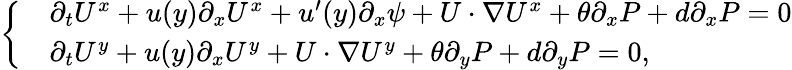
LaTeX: \left\{ \begin{array}{rl}&{\partial_{t}U^{x}+u(y)\partial_{x}U^{x}+u^{\prime}(y)\partial_{x}\psi+U\cdot\nabla U^{x}+\theta\partial_{x}P+d\partial_{x}P=0}\\ &{\partial_{t}U^{y}+u(y)\partial_{x}U^{y}+U\cdot\nabla U^{y}+\theta\partial_{y}P+d\partial_{y}P=0,}\end{array}\right.